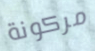
مركونة